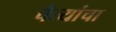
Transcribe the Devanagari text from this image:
चैत्यांचा